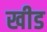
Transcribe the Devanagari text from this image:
खीड